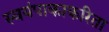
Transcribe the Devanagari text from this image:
स्वयंपाकाकरिता